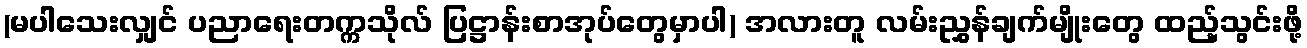
(မပါသေးလျှင် ပညာရေးတက္ကသိုလ် ပြဋ္ဌာန်းစာအုပ်တွေမှာပါ) အလားတူ လမ်းညွှန်ချက်မျိုးတွေ ထည့်သွင်းဖို့